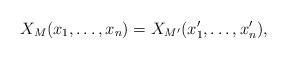
LaTeX: \begin{align*}X_M(x_1,\dots, x_n) = X_{M'}(x_1', \dots, x_n'),\end{align*}